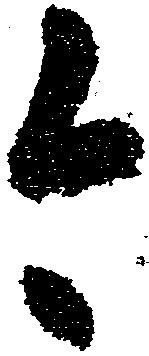
今